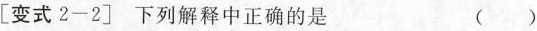
变式2-2]下列解释中正确的是 ( )